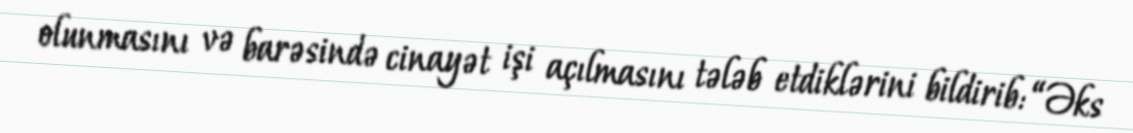
olunmasını və barəsində cinayət işi açılmasını tələb etdiklərini bildirib: “Əks